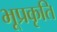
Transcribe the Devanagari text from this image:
भूप्रकृति